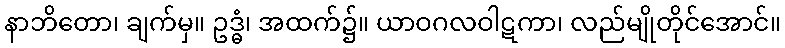
နာဘိတော၊ ချက်မှ။ ဥဒ္ဓံ၊ အထက်၌။ ယာဝဂလဝါဋကာ၊ လည်မျိုတိုင်အောင်။